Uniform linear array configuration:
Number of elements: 64
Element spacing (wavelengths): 1
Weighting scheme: binomial
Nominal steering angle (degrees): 60
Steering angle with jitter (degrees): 58.314
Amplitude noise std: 0.05
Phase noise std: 0.05

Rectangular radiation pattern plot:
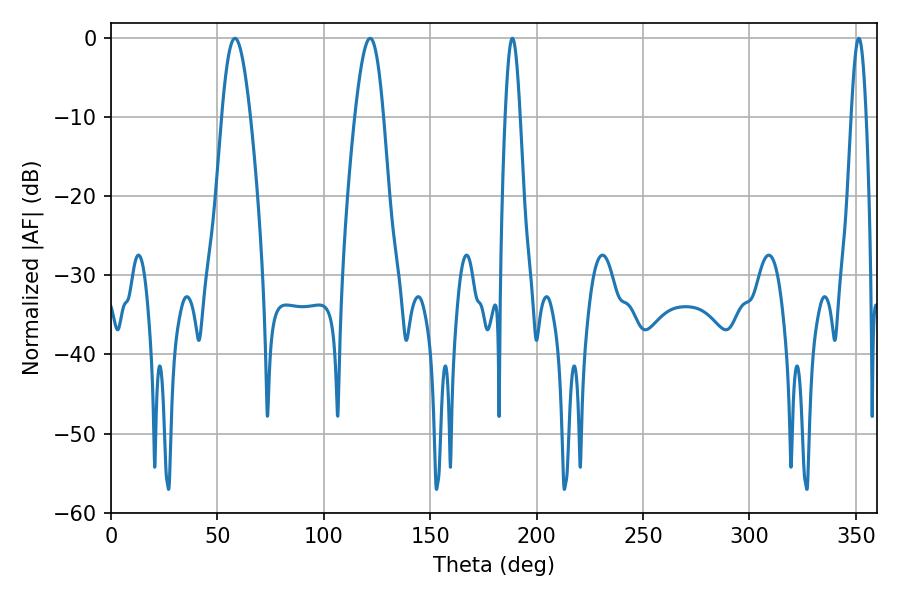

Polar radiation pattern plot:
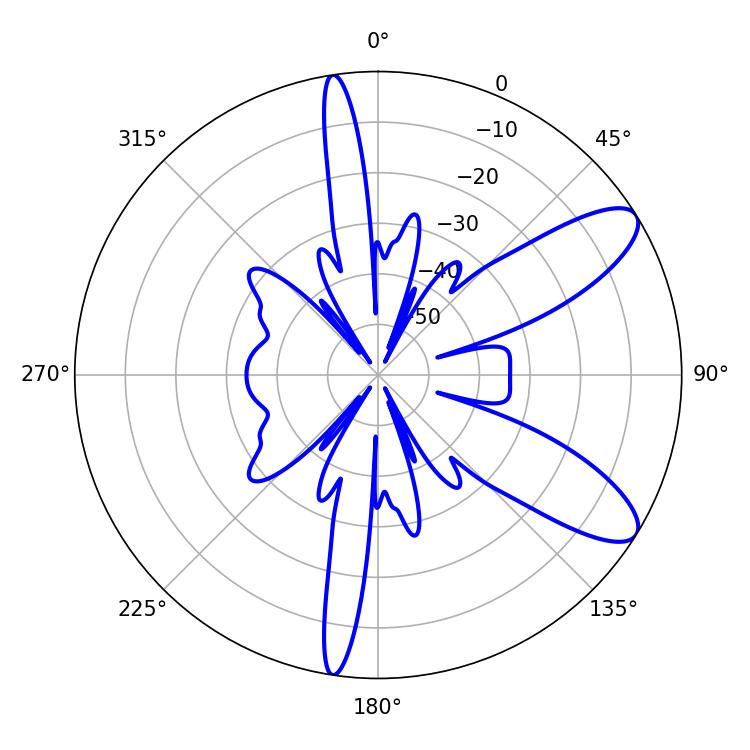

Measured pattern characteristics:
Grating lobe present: TRUE
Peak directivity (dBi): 9.732
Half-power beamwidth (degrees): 3.6
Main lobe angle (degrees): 351.36